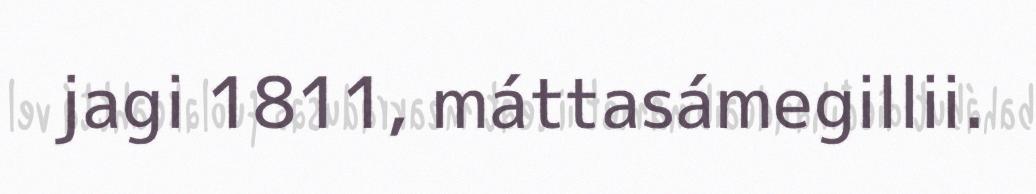
jagi 1811, máttasámegillii.